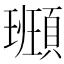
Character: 𩔮